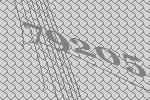
79205